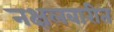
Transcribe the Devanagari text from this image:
नक्षलबारीत